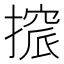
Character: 𢳦